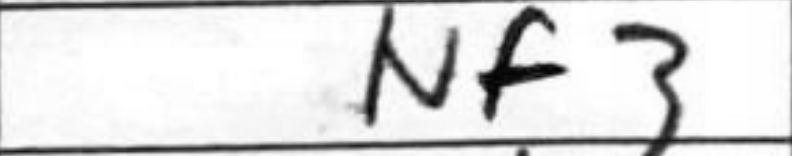
Transcription: Nf3